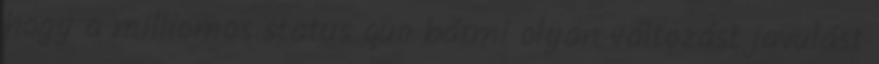
hogy a milliomos status quo bármi olyan változást javulást